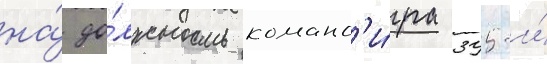
на́ до́лжность команд'и́ра 395-и́